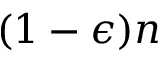
( 1 - \epsilon ) n